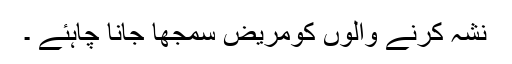
نشہ کرنے والوں کومریض سمجھا جانا چاہئے ۔